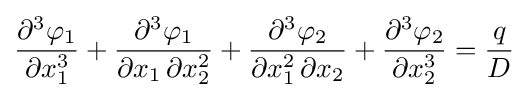
{\frac {\partial ^{3}\varphi _{1}}{\partial x_{1}^{3}}}+{\frac {\partial ^{3}\varphi _{1}}{\partial x_{1}\,\partial x_{2}^{2}}}+{\frac {\partial ^{3}\varphi _{2}}{\partial x_{1}^{2}\,\partial x_{2}}}+{\frac {\partial ^{3}\varphi _{2}}{\partial x_{2}^{3}}}={\frac {q}{D}}